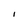
Character: 1